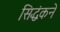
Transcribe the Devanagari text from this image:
सिद्धंकने